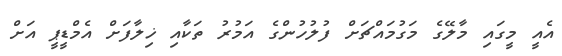
އެއީ މީގައި މާލޭގެ މަގުމައްޗަށް ފުލުހުންގެ އަމުރު ތަކާއި ޚިލާފަށް އެމްޑީޕީ އަށް